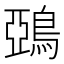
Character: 鵶